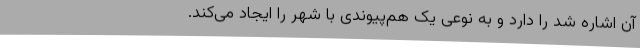
آن اشاره شد را دارد و به نوعی یک هم‌پیوندی با شهر را ایجاد می‌کند.